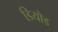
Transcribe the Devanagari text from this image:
डियोड